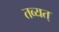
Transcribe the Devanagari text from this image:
तव्यत्